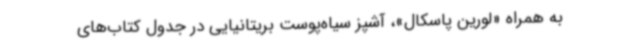
به همراه «لورین پاسکال»، آشپز سیاه‌پوست بریتانیایی در جدول کتاب‌های